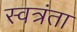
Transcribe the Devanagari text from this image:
स्वत्रंता